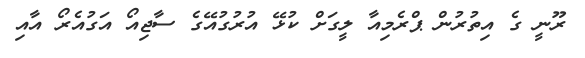
ރޫނީ ގެ އިތުރުން ޕްރެމިއާ ލީގަށް ކުޅޭ އުރުގުއޭގެ ސާޖިއޯ އަގުއެރޯ އާއި